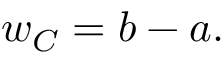
w _ { C } = b - a .